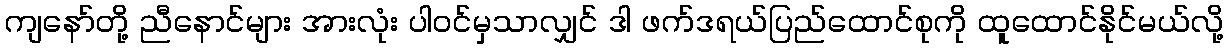
ကျနော်တို့ ညီနောင်များ အားလုံး ပါဝင်မှသာလျှင် ဒါ ဖက်ဒရယ်ပြည်ထောင်စုကို ထူထောင်နိုင်မယ်လို့